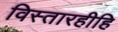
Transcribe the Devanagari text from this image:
विस्तारहीहि